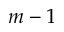
m - 1